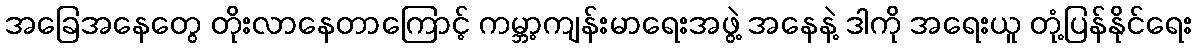
အခြေအနေတွေ တိုးလာနေတာကြောင့် ကမ္ဘာ့ကျန်းမာရေးအဖွဲ့ အနေနဲ့ ဒါကို အရေးယူ တုံ့ပြန်နိုင်ရေး